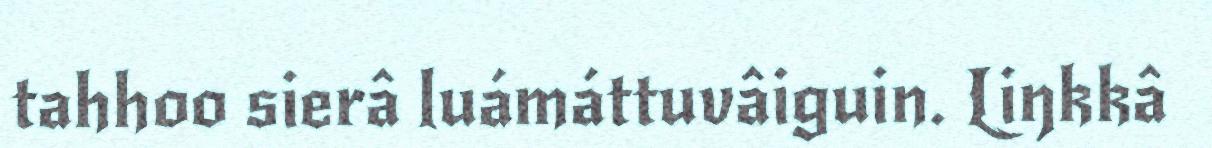
tahhoo sierâ luámáttuvâiguin. Liŋkkâ